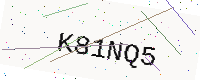
Text: K81NQ5